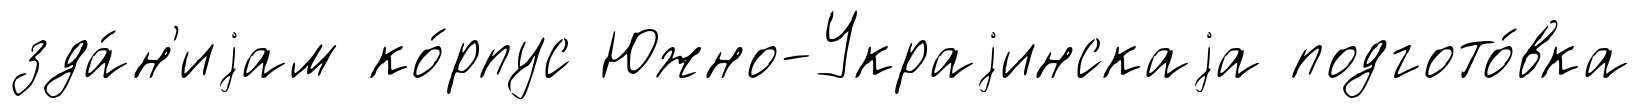
зда́н'иjам ко́рпус Южно-Украjинскаjа подгото́вка